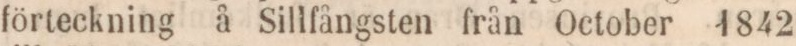
förteckning å Sillfångsten från October 1842